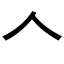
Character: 𠆢